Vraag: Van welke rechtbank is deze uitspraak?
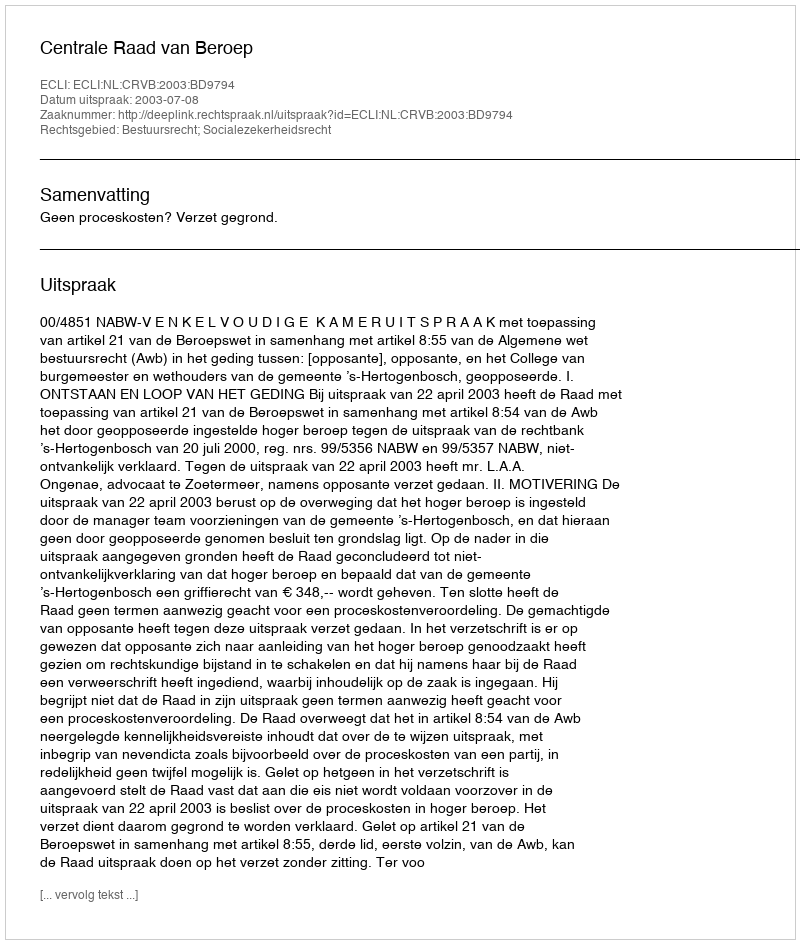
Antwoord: Centrale Raad van Beroep